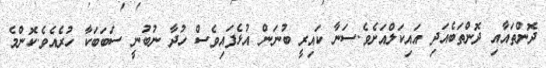
ދޮންތައާއި ދޮންތަބެއަދި އައިކަލްއަށެވެ.ސަނާ ކައިރީ ބުނަން އުޅެފައިވެސް ހުދާ ނުބުނީ ސަބަބަކާ ހުރެއެވެ.ކޮންމެ